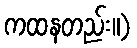
ကထနတည်း။)